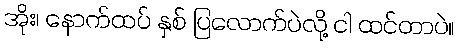
အိုး၊ နောက်ထပ် နှစ် ပြလောက်ပဲလို့ ငါ ထင်တာပဲ။